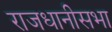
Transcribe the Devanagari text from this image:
राजधानीसभा